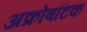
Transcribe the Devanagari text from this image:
अक्रोबटिक